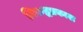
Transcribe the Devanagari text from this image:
निरुद्धप्रकाश